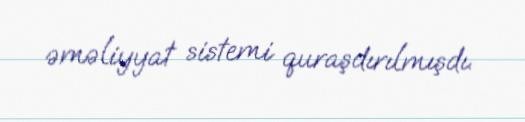
əməliyyat sistemi quraşdırılmışdı.